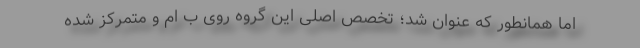
اما همانطور که عنوان شد؛ تخصص اصلی این گروه روی ب ام و متمرکز شده